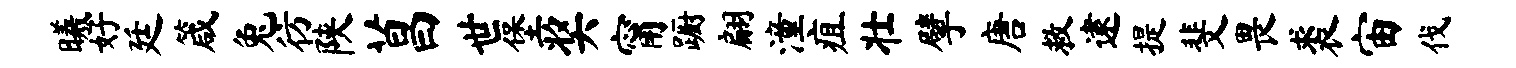
曦好廷箴兔彷陕菖世堡奖甯蹰翩潼疽壮擘唐救逮提斐畏裘宙伐